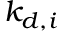
k _ { d , i }